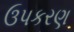
ઉપકરણ